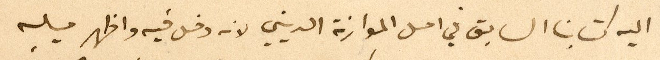
اليه كتابنا السابق في اصل الموارنة الديني لانه دخل فيه واظهر ميله